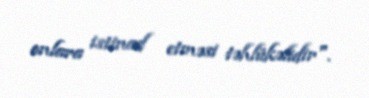
onlara istinad etməsi təhlükəlidir".